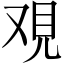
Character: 覌